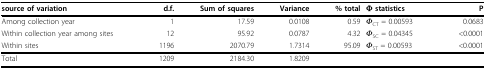
<table><thead><tr><td><b>source of variation</b></td><td><b>d.f.</b></td><td><b>Sum of squares</b></td><td><b>Variance</b></td><td><b>% total</b></td><td><b>Φ statistics</b></td><td><b>P</b></td></tr></thead><tbody><tr><td>Among collection year</td><td>1</td><td>17.59</td><td>0.0108</td><td>0.59</td><td><i>Φ</i><sub>CT </sub>= 0.00593</td><td>0.0683</td></tr><tr><td>Within collection year among sites</td><td>12</td><td>95.92</td><td>0.0787</td><td>4.32</td><td><i>Φ</i><sub>SC </sub>= 0.04345</td><td>&lt;0.0001</td></tr><tr><td>Within sites</td><td>1196</td><td>2070.79</td><td>1.7314</td><td>95.09</td><td><i>Φ</i><sub>ST </sub>= 0.00593</td><td>&lt;0.0001</td></tr><tr><td>Total</td><td>1209</td><td>2184.30</td><td>1.8209</td><td></td><td></td><td></td></tr></tbody></table>